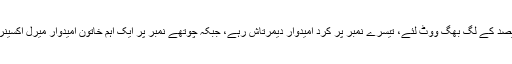
طیب اردوان کے سب سے بڑے حریف محرم انسے نے ایک کروڑ تیس لاکھ یعنی تیس فیصد کے لگ بھگ ووٹ لئے، تیسرے نمبر پر کرد امیدوار دیمرتاش رہے، جبکہ چوتھے نمبر پر ایک اہم خاتون امیدوار میرل اکسینر(Aksener)تھیں، انہوں نے چھتیس لاکھ یعنی ساڑھے سات فیصد کے قریب ووٹ لئے۔